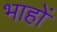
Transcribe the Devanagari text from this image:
भाहों